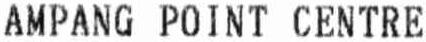
AMPANG POINT CENTRE